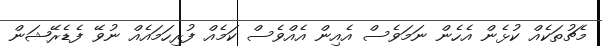
މެޗުތަކެއް ކުޅެން އެހެން ނަމަވެސް އެއިން އެއްވެސް ކަމެއް ފުރިހަމައެއް ނުވޭ ފެޑެރޭޝަން